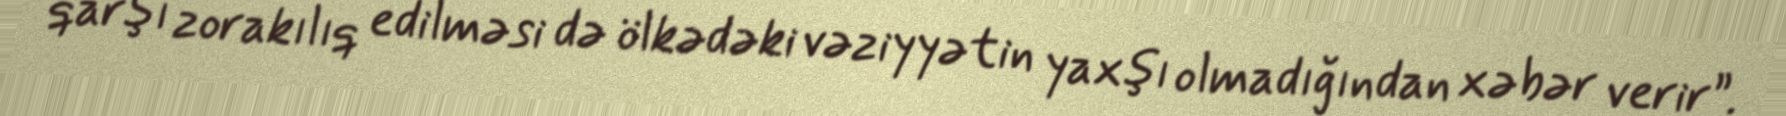
qarşı zorakılıq edilməsi də ölkədəki vəziyyətin yaxşı olmadığından xəbər verir”.